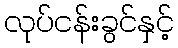
လုပ်ငန်းခွင်နှင့်